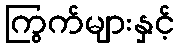
ကြွက်များနှင့်